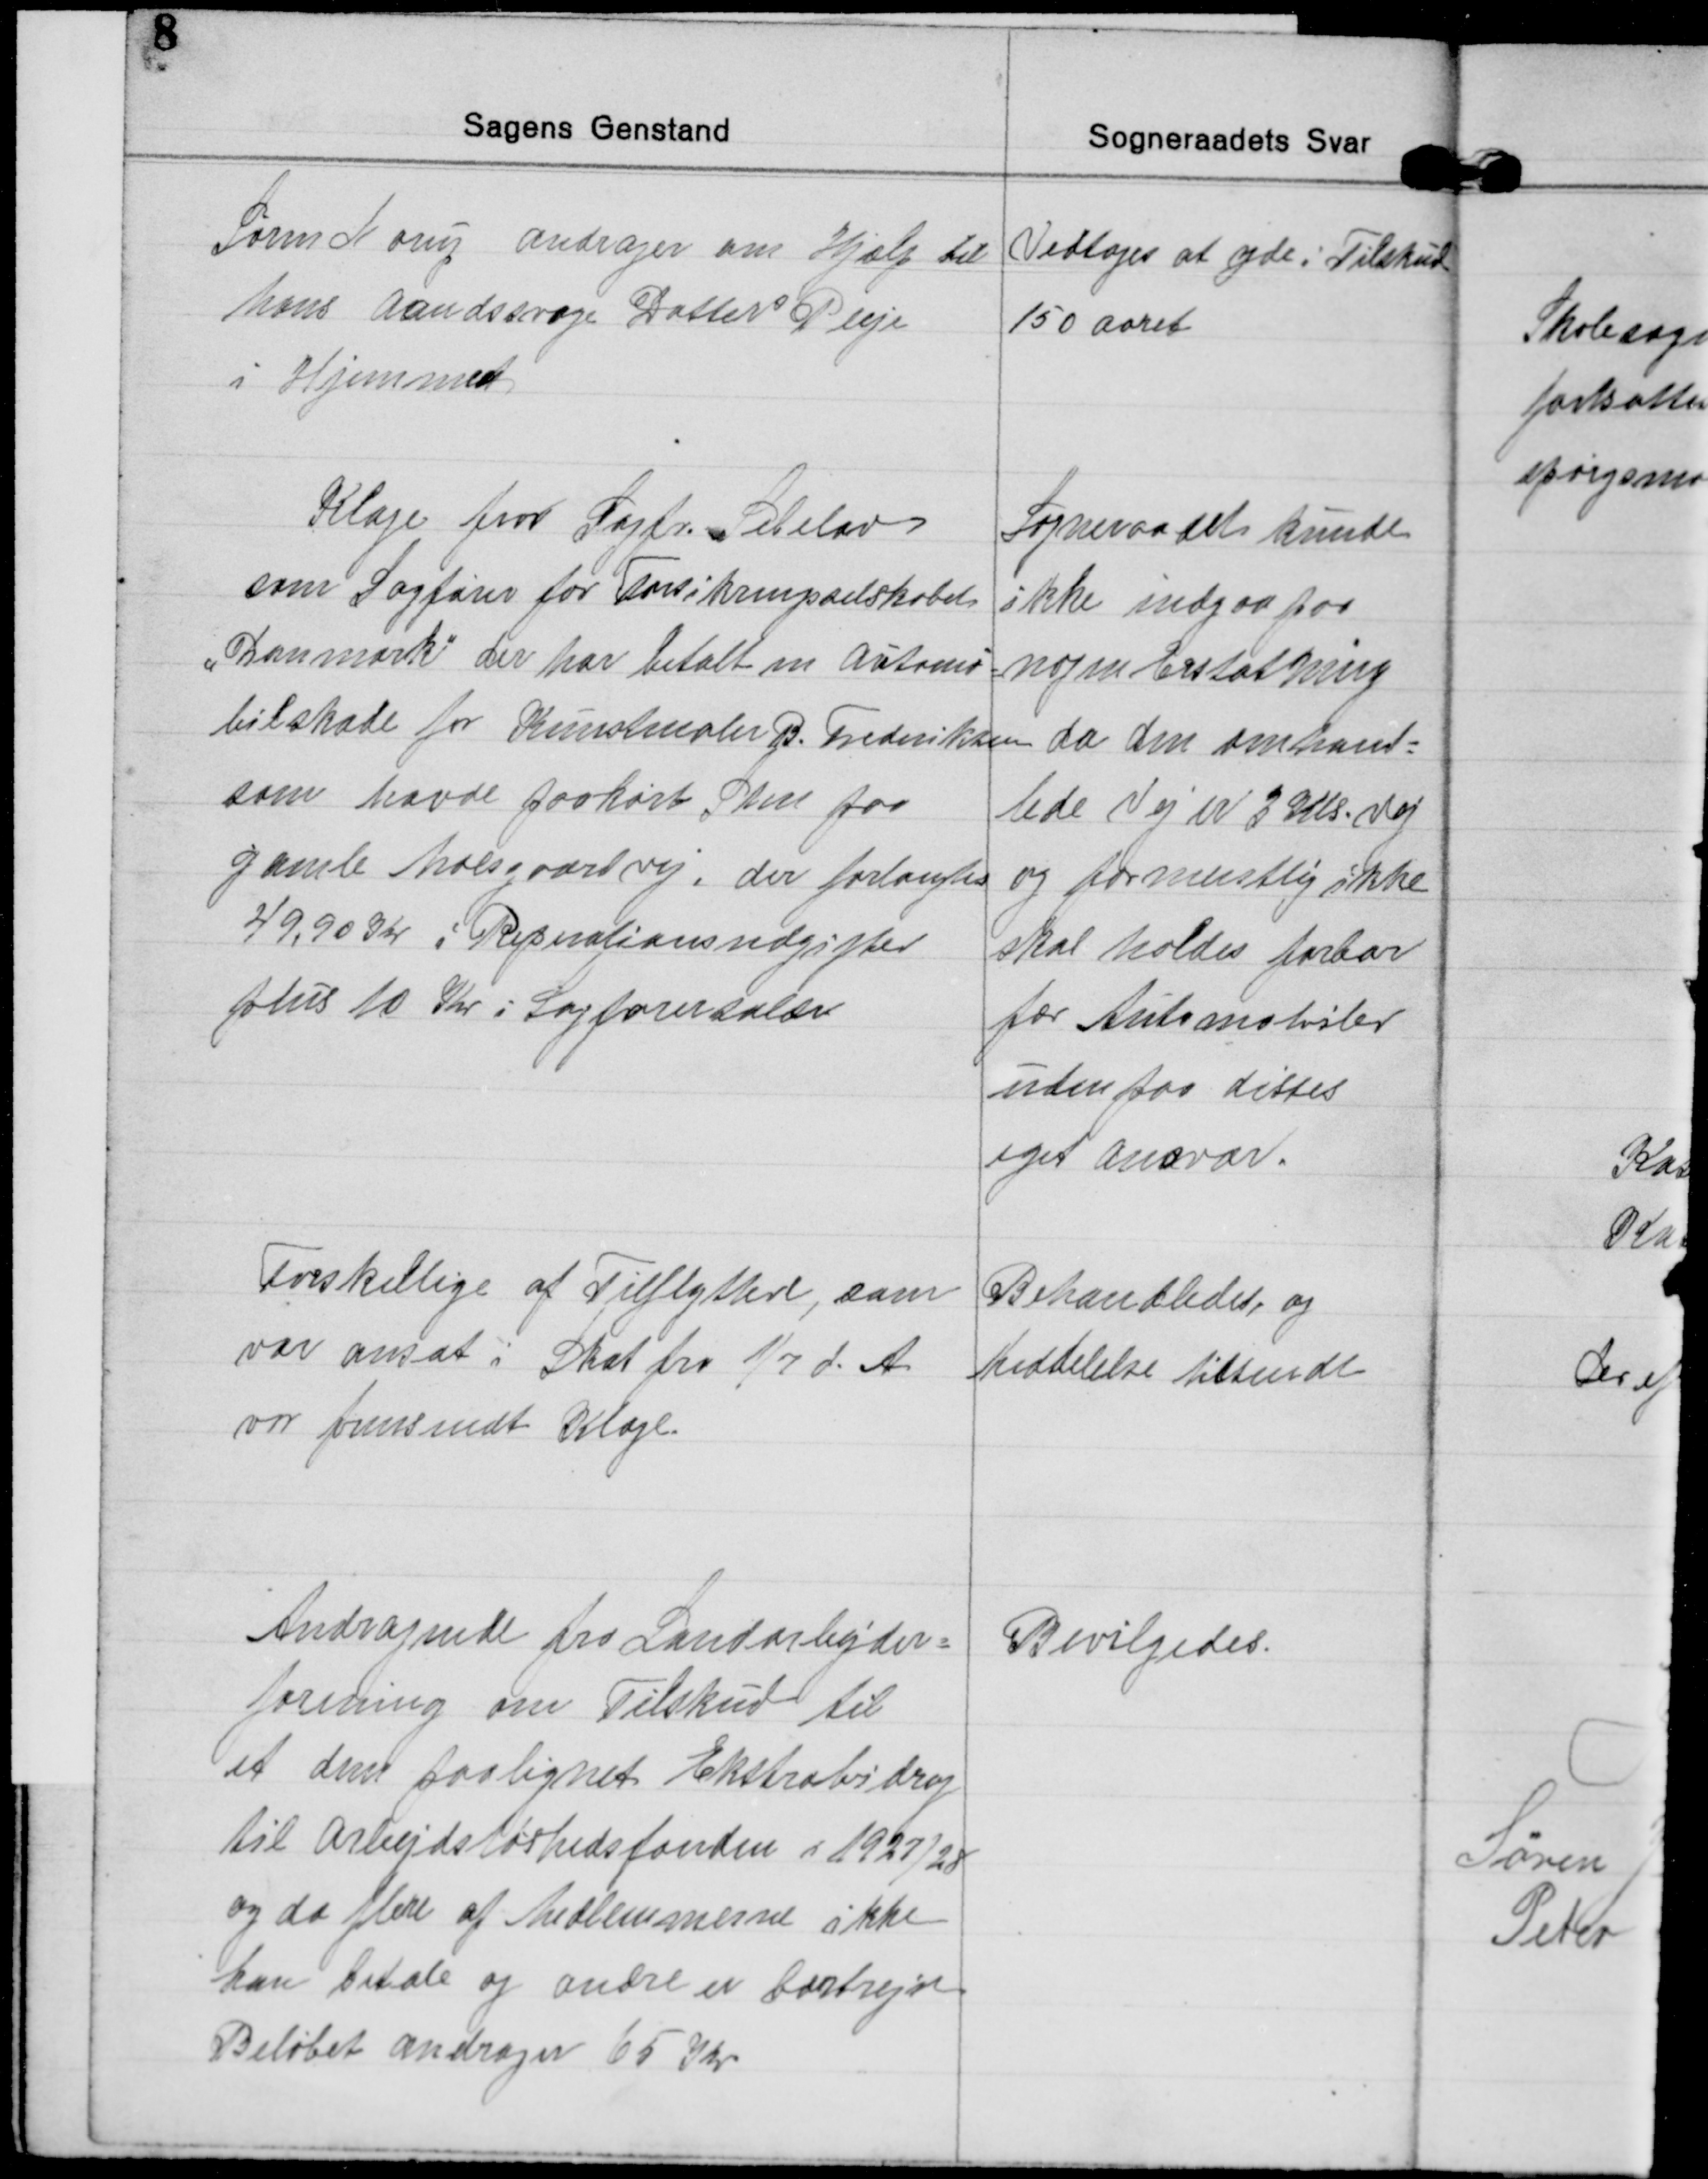
Transskription:
Søren Norup andrager om Hjælp til
hans aandssvage Datters Pleje
i Hjemmet
Vedtoges at yde i Tilskud
150 aaret

Klage fra Sagfr. Sebelov
som Sagfører for Forsikringsselskabet
"Danmark" der har betalt en Automo=
bilskade for Kunstmaler B. Frederiksen
som havde paakørt Sten paa
gamle Moesgaardvej, der forlangtes
49,90 Kr i Reperationsudgifter
plus 10 Kr i Sagførersalær
Sogneraadet kunde
ikke indgaa paa
nogen Erstatning
da den omhand=
lede Vej er 3 Kls. Vej
og formentlig ikke
skal holdes farbar
for Automobiler
uden for disses
eget ansvar.

Forskellige af Tilflyttere, som
var ansat i Skat fra 1/7 d. A.
var fremsendt Klage.
Behandledes, og
Meddelelse tilsendt

Andragende fra Landarbejder=
forening om Tilskud til
et dem paalignet Ekstrabidrag
til Arbejdsløshedsfonden i 1927/28
og da flere af Medlemmerne ikke
kan betale og andre er bortrejst
Beløbet andrager 65 Kr
Bevilgedes.